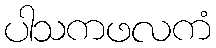
ပါသကဖလကံ